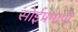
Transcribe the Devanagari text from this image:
सोईप्रमाणे